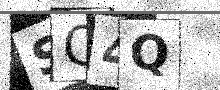
Text: SC4Q